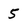
Character: 5